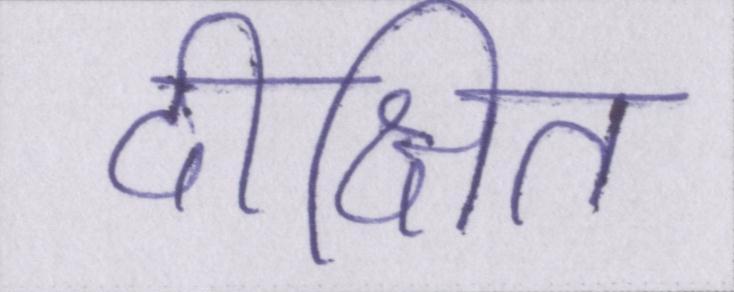
दीक्षित